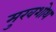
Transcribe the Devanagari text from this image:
मुखशोथ